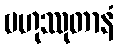
ဗဟုဿုတာနံ